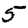
Digit: 5